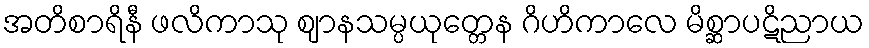
အတိစာရိနီ ဖလိကာသု ဈာနသမ္ပယုတ္တေန ဂိဟိကာလေ မိစ္ဆာပဋိညာယ